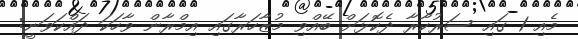
މެއި 1 ގައި ސަރުކާރާ ދެކޮޅަށް ބޭއްވި މުޒާހަރާގައި އިމްރާން ވާހަކަ ދައްކަވަނީ: